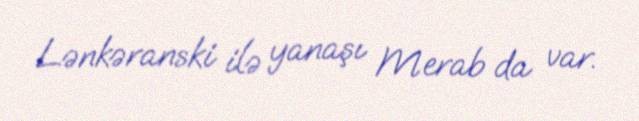
Lənkəranski ilə yanaşı Merab da var.